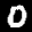
Label: 0